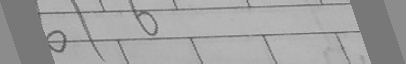
0 1 6